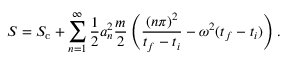
S = S _ { \mathrm { c } } + \sum _ { n = 1 } ^ { \infty } { \frac { 1 } { 2 } } a _ { n } ^ { 2 } { \frac { m } { 2 } } \left( { \frac { ( n \pi ) ^ { 2 } } { t _ { f } - t _ { i } } } - \omega ^ { 2 } ( t _ { f } - t _ { i } ) \right) .